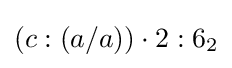
(c:(a/a))\cdot 2:6_{2}